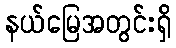
နယ်မြေအတွင်းရှိ